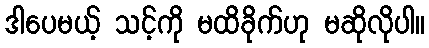
ဒါပေမယ့် သင့်ကို မထိခိုက်ဟု မဆိုလိုပါ။